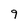
Character: 9